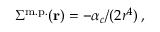
\Sigma ^ { \mathrm { m . p . } } ( \mathbf { r } ) = - { \alpha _ { c } } / ( 2 r ^ { 4 } ) \, ,